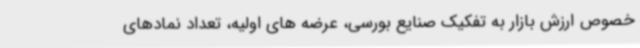
خصوص ارزش بازار به تفکیک صنایع بورسی، عرضه های اولیه، تعداد نمادهای